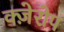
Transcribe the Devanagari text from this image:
क्ज़ेरोप